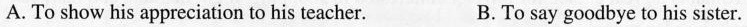
A. To show his appreciation to his teacher. B.To say goodbye to his sister.